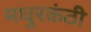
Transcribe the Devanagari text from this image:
मधुरकंठी